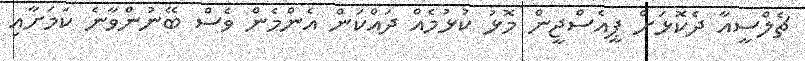
ޗެލްސީއާ ދެކޮޅަށް ޕީއެސްޖީން މޮޅު ކުޅުމެއް ދައްކަން އެންމެން ވެސް ބޭނުންވާނެ ކަމަށާއި